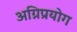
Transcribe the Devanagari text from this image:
अग्निप्रयोग